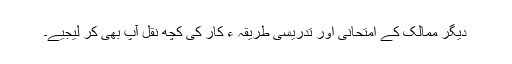
دیگر ممالک کے امتحانی اور تدریسی طریقہ ء کار کی کچھ نقل آپ بھی کر لیجیے۔